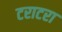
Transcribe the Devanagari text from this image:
टराटरा